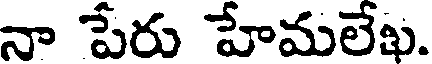
నా పేరు హేమలేఖ.